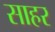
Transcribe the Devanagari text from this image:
साहर